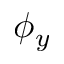
\phi _ { y }